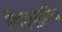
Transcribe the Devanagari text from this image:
विष्णुमूर्तियाँ